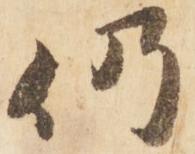
仍